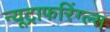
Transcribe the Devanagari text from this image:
न्यूट्राफरिंग्ल्स